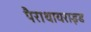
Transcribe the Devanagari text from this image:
पैराथायराइड